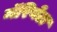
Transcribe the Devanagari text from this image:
मॅरियेटा